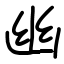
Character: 幽